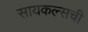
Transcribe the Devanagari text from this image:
सायकल्सची